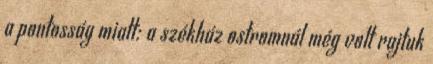
a pontosság miatt: a székház ostromnál még volt rajtuk